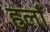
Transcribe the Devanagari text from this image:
हलाँ